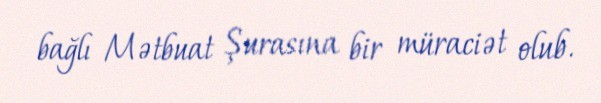
bağlı Mətbuat Şurasına bir müraciət olub.